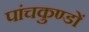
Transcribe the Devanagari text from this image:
पांचकुण्डों